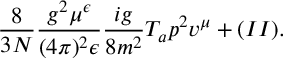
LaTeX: { \frac { 8 } { 3 N } } { \frac { g ^ { 2 } \mu ^ { \epsilon } } { ( 4 \pi ) ^ { 2 } \epsilon } } { \frac { i g } { 8 m ^ { 2 } } } T _ { a } p ^ { 2 } v ^ { \mu } + ( I I ) .